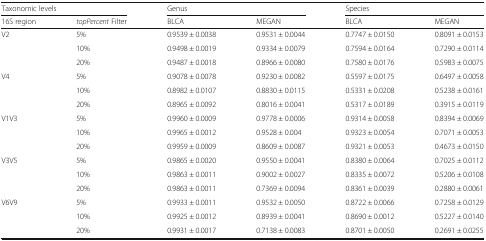
<table><thead><tr><td colspan="2"><b>Taxonomic levels</b></td><td colspan="2"><b>Genus</b></td><td colspan="2"><b>Species</b></td></tr><tr><td><b>16S region</b></td><td><b><i>topPercent</i> Filter</b></td><td><b>BLCA</b></td><td><b>MEGAN</b></td><td><b>BLCA</b></td><td><b>MEGAN</b></td></tr></thead><tbody><tr><td rowspan="3">V2</td><td>5%</td><td>0.9539 ± 0.0038</td><td>0.9531 ± 0.0044</td><td>0.7747 ± 0.0150</td><td>0.8091 ± 0.0153</td></tr><tr><td>10%</td><td>0.9498 ± 0.0019</td><td>0.9334 ± 0.0079</td><td>0.7594 ± 0.0164</td><td>0.7290 ± 0.0114</td></tr><tr><td>20%</td><td>0.9487 ± 0.0018</td><td>0.8966 ± 0.0080</td><td>0.7580 ± 0.0176</td><td>0.5983 ± 0.0075</td></tr><tr><td rowspan="3">V4</td><td>5%</td><td>0.9078 ± 0.0078</td><td>0.9230 ± 0.0082</td><td>0.5597 ± 0.0175</td><td>0.6497 ± 0.0058</td></tr><tr><td>10%</td><td>0.8982 ± 0.0107</td><td>0.8830 ± 0.0115</td><td>0.5331 ± 0.0208</td><td>0.5238 ± 0.0161</td></tr><tr><td>20%</td><td>0.8965 ± 0.0092</td><td>0.8016 ± 0.0041</td><td>0.5317 ± 0.0189</td><td>0.3915 ± 0.0119</td></tr><tr><td rowspan="3">V1V3</td><td>5%</td><td>0.9960 ± 0.0009</td><td>0.9778 ± 0.0006</td><td>0.9314 ± 0.0058</td><td>0.8394 ± 0.0069</td></tr><tr><td>10%</td><td>0.9965 ± 0.0012</td><td>0.9528 ± 0.004</td><td>0.9323 ± 0.0054</td><td>0.7071 ± 0.0053</td></tr><tr><td>20%</td><td>0.9959 ± 0.0009</td><td>0.8609 ± 0.0087</td><td>0.9321 ± 0.0053</td><td>0.4673 ± 0.0150</td></tr><tr><td rowspan="3">V3V5</td><td>5%</td><td>0.9865 ± 0.0020</td><td>0.9550 ± 0.0041</td><td>0.8380 ± 0.0064</td><td>0.7025 ± 0.0112</td></tr><tr><td>10%</td><td>0.9863 ± 0.0011</td><td>0.9002 ± 0.0027</td><td>0.8335 ± 0.0072</td><td>0.5206 ± 0.0108</td></tr><tr><td>20%</td><td>0.9863 ± 0.0011</td><td>0.7369 ± 0.0094</td><td>0.8361 ± 0.0039</td><td>0.2880 ± 0.0061</td></tr><tr><td rowspan="3">V6V9</td><td>5%</td><td>0.9933 ± 0.0011</td><td>0.9532 ± 0.0050</td><td>0.8722 ± 0.0066</td><td>0.7258 ± 0.0129</td></tr><tr><td>10%</td><td>0.9925 ± 0.0012</td><td>0.8939 ± 0.0041</td><td>0.8690 ± 0.0012</td><td>0.5227 ± 0.0140</td></tr><tr><td>20%</td><td>0.9931 ± 0.0017</td><td>0.7138 ± 0.0083</td><td>0.8701 ± 0.0050</td><td>0.2691 ± 0.0255</td></tr></tbody></table>